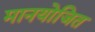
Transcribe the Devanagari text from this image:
मानयोजित